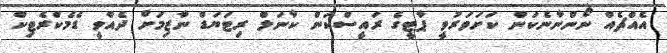
އެއްޗެއް ނޯންނާނެކަން ކަށަވަރުވީ ޕާޓީގެ ރައީސްކަން ކާނަލް ރިިޓަޔަޑް ނާޒިމަށް ދެއްވީ ޑެމެކްރެޓިކް